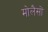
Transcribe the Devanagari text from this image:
मोलैसों